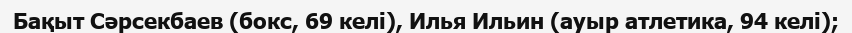
Бақыт Сәрсекбаев (бокс, 69 келі), Илья Ильин (ауыр атлетика, 94 келі);